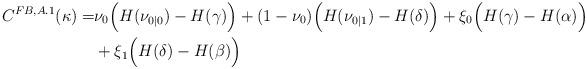
LaTeX: \begin{align*}C^{FB,A.1}(\kappa)=&\nu_0\Big(H(\nu_{0|0})-H(\gamma)\Big)+(1-\nu_0)\Big(H(\nu_{0|1})-H(\delta)\Big)+\xi_0\Big(H(\gamma)-H(\alpha)\Big)\\&+\xi_1\Big(H(\delta)-H(\beta)\Big)\end{align*}